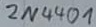
Text: 2N4401